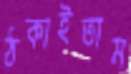
ঠকাইতাম